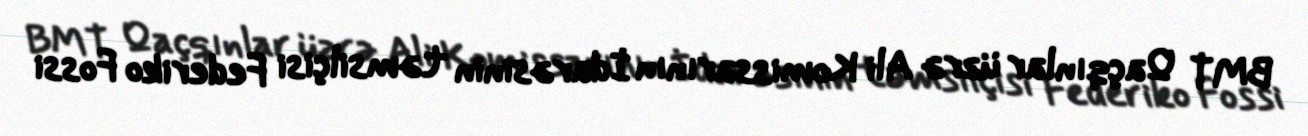
BMT Qaçqınlar üzrə Ali Komissarının İdarəsinin təmsilçisi Federiko Fossi